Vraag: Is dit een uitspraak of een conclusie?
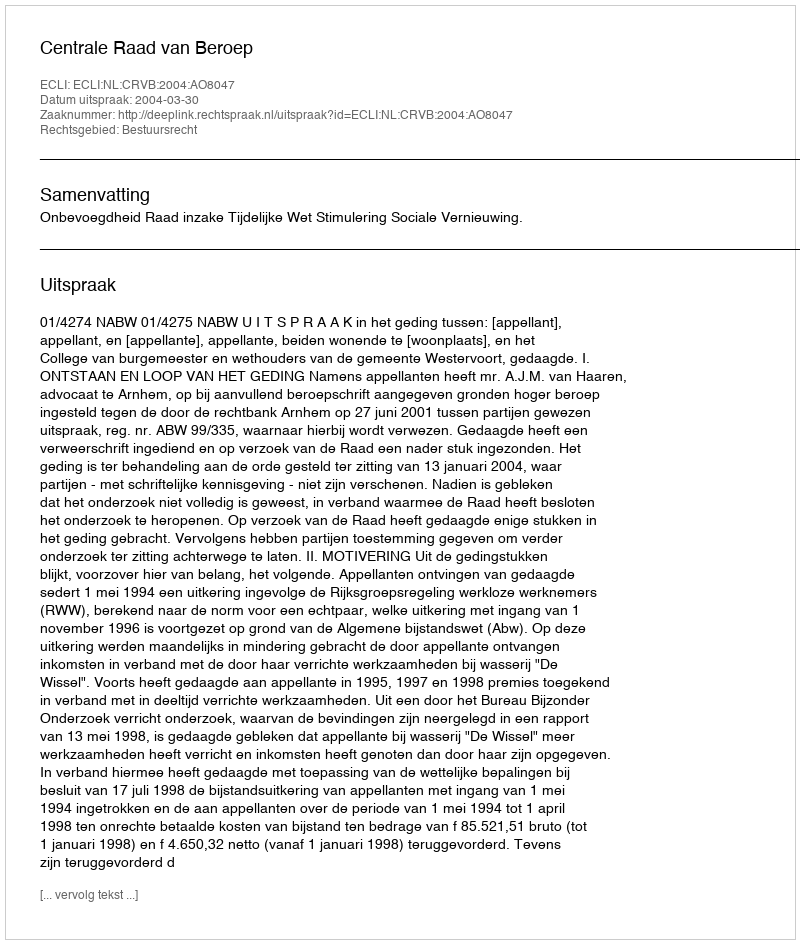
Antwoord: Uitspraak